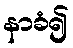
နာခံ၍